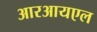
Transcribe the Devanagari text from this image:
आरआयएल